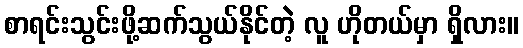
စာရင်းသွင်းဖို့ဆက်သွယ်နိုင်တဲ့ လူ ဟိုတယ်မှာ ရှိလား။